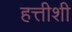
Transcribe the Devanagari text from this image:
हत्तीशी